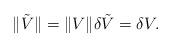
LaTeX: \begin{align*}\|\tilde{V}\|=\|V\|\delta \tilde{V}=\delta V.\end{align*}